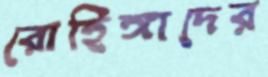
রোহিঙ্গাদের